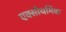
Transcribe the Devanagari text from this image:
एक्सोथर्मिक